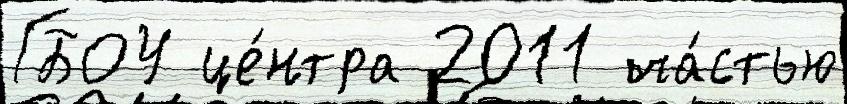
ГБОУ це́нтра 2011 ча́стью